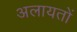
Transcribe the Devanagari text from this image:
अलायतों